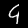
Digit: 9